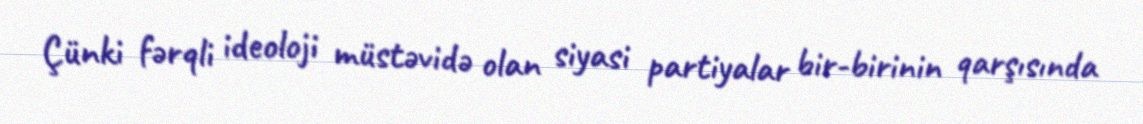
Çünki fərqli ideoloji müstəvidə olan siyasi partiyalar bir-birinin qarşısında